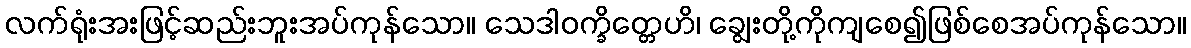
လက်ရုံးအးဖြင့်ဆည်းဘူးအပ်ကုန်သော။ သေဒါဝက္ခိတ္တေဟိ၊ ချွေးတို့ကိုကျစေ၍ဖြစ်စေအပ်ကုန်သော။